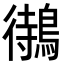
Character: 𪃝